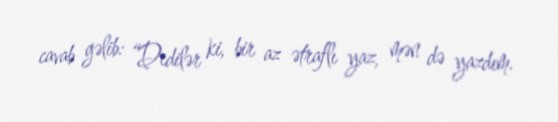
cavab gəlib: “Dedilər ki, bir az ətraflı yaz, mən də yazdım.